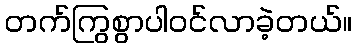
တက်ကြွစွာပါဝင်လာခဲ့တယ်။